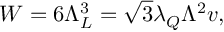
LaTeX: W = 6 \Lambda _ { L } ^ { 3 } = \sqrt { 3 } \lambda _ { Q } \Lambda ^ { 2 } v ,